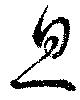
息